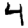
Digit: 4